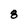
Character: 8